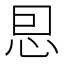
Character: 㤙